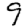
Digit: 9